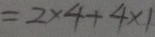
= 2 \times 4 + 4 \times 1